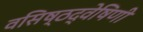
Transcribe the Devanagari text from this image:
वसिष्ठद्वेषिणी